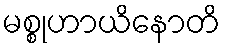
မစ္စုဟာယိနောတိ